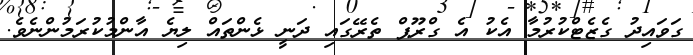
ގަވައިދު ގެޒެޓްކުރުމާ އެކު އެ ގްރޫޕް ތެރޭގައި ދަނީ ޅެންތައް ލިޔެ އާންމުކުރަމުންނެވެ.